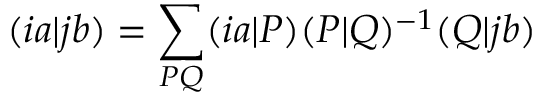
( i a | j b ) = \sum _ { P Q } ( i a | P ) ( P | Q ) ^ { - 1 } ( Q | j b )